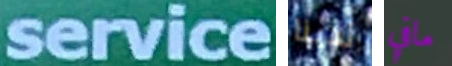
service لدينا مافي